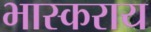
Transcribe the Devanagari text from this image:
भास्कराय